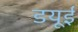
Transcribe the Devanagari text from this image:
डयूई